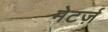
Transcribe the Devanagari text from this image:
मेटर्ज़